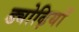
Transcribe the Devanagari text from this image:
ड्योढ़ियाँ